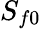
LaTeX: S_{f0}